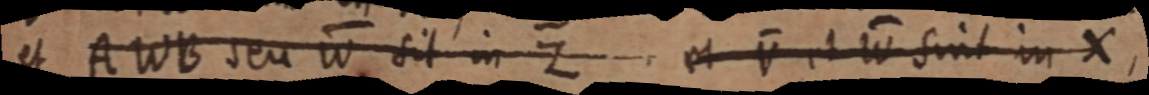
et AWB seu W sit in Z et V et W sint in X,